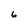
Character: 6